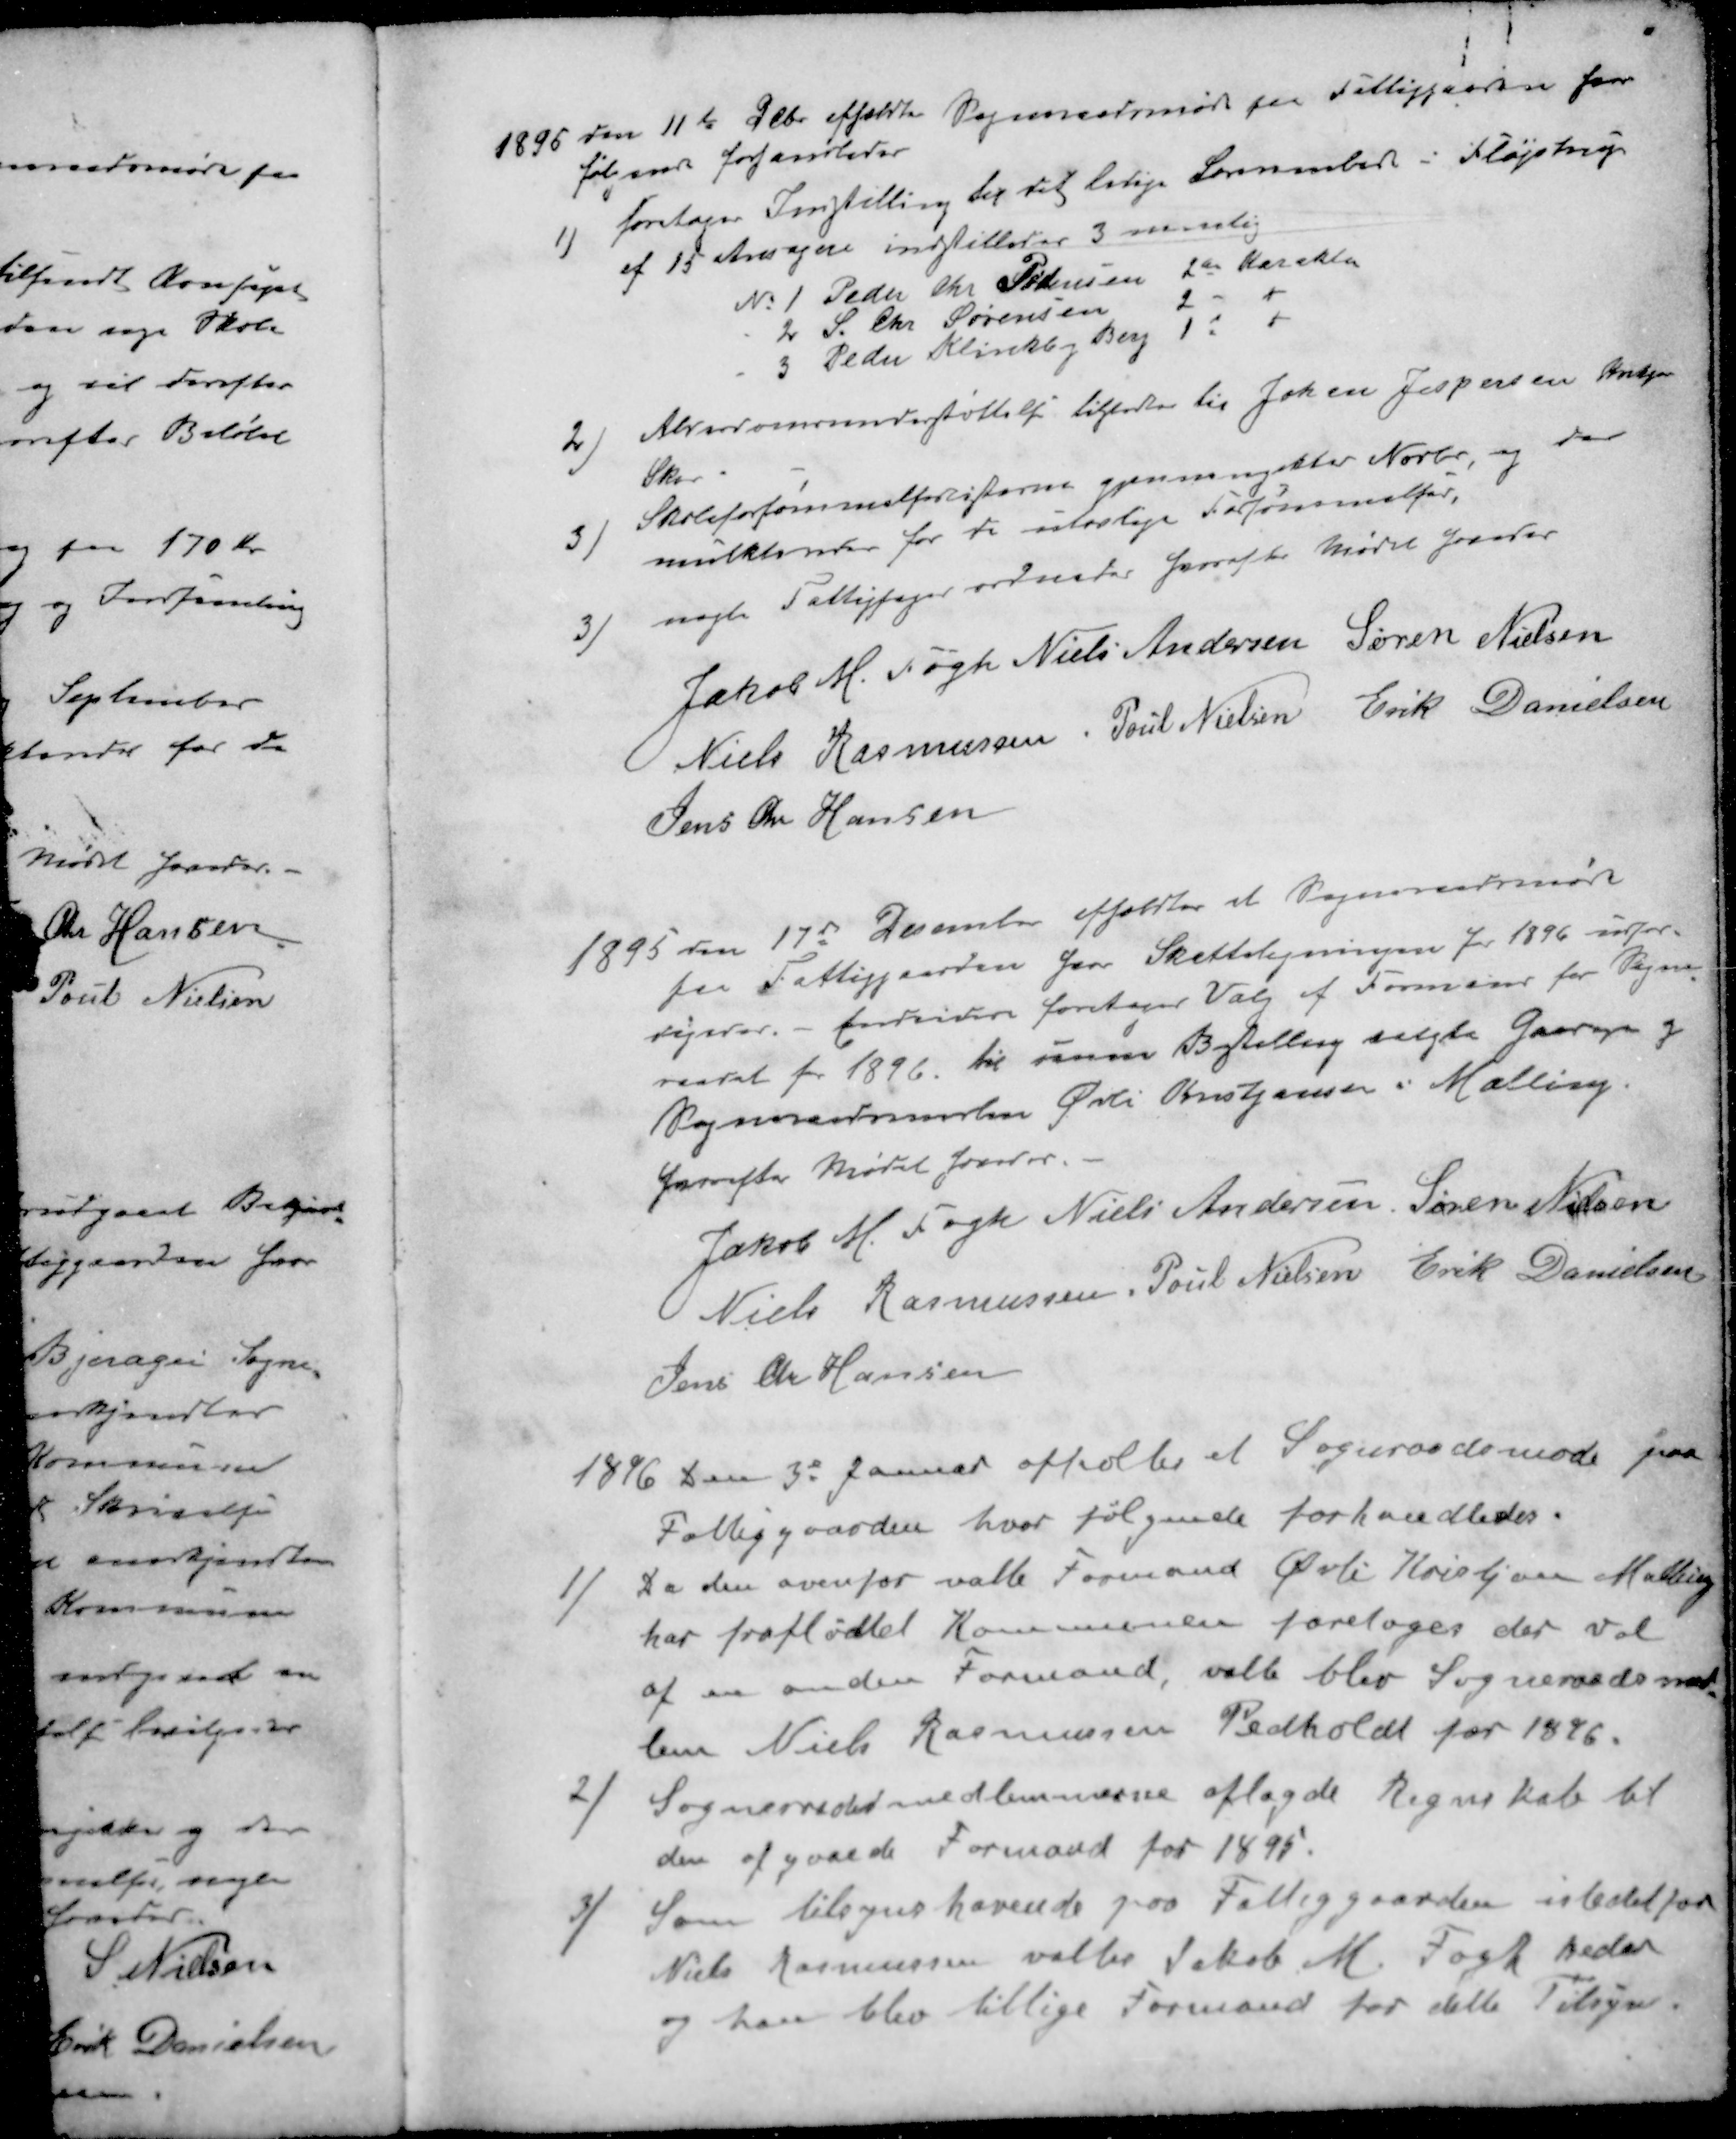
Transskription:
1895 den 11t Febr afholdtes Sogneraadsmøde paa Fattiggaarden hvor
følgende forhandledes
1 ) foretages Omstilling til det lelige Lærerembede i Fløjstrup
af 15 Ansøgere indstilleder 3 nemlig
No 1 Peder Chr Sørensen 2d Karakter
2 S. Chr. Sørensen 2 - "
3 Peder Klinkby Berg 1 - "
2 ) Alderdomsunderstøttelse tilstodes til Johan Jespersen Krekær
Skov
3 ) Skoleforsømmelseslisterne gjennemgikkes Novbr, og der
mulkteredes for di startige Forsømmelser
3 ) nogle Fattigsager ordnedes hvorefter Mødet hævedes
Jakob M Fogh
Niels Andersen
Søren Nielsen
Niels Rasmussen
Poul Nielsen
Erik Danielsen
Jens Chr Hansen
1895 den 17d December afholdtes at Sogneraadsmøde
paa Fattiggaarden hvor Skatteligningen for 1896 udfær-
digedes. - enddvidere foretoges Valg af Formand for Sogne
raadet for 1896 til denne Bestilling valgte Gaardejer og
Sogneraadsmedlem Øvli Kristjansen i Malling.
hvorefter Mødet hævedes
Jakob M Fogh
Niels Andersen
Søren Nielsen
Niels Rasmussen
Poul Nielsen
Erik Danielsen
Jens Chr Hansen
1846 den 3d Januar afholtes et Sogneraadsmøde paa
Fattiggaarden hvor følgende forhandledes.
1 ) Da den ovenfor valte Formand Øvli Kristjansen Malling
har fraflødtet Kommunen foretoges der val
af en anden Formand, valte blev Sogneraadsmed-
lem Niels Rasmussen Pedholdt for 1896.
2 ) Sogneraadetmedlemmerne aflagde Regnskab til
den afgaaede Formand for 1895.
3 ) Som tilsynshavende paa Fattiggaarden istedet for
Niels Rasmussen valtes Jakob M. Fogh Beder
og han blev tillige Formand for dette Tilsyn